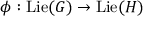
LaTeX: \phi : \operatorname { L i e } ( G ) \to \operatorname { L i e } ( H )